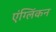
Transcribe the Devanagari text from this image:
एंग्लिंकन